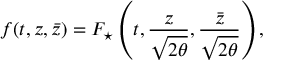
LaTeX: f ( t , z , \bar { z } ) = F _ { \star } \left( t , \frac { z } { \sqrt { 2 \theta } } , \frac { \bar { z } } { \sqrt { 2 \theta } } \right) ,